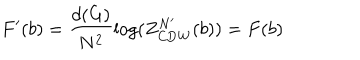
LaTeX: F ^ { \prime } ( b ) = \frac { d ( G ) } { N ^ { 2 } } \log ( Z _ { \mathrm { C D W } } ^ { N ^ { \prime } } ( b ) ) = F ( b )